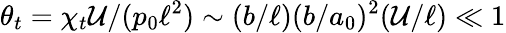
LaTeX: \theta_{t}=\chi_{t}\mathcal{U}/(p_{0}\ell^{2})\sim(b/\ell)(b/a_{0})^{2}(\mathcal{U}/\ell)\ll 1